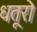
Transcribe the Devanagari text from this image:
धतूरो